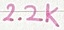
Text: 2.2K